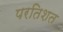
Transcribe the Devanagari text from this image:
परतिशत